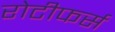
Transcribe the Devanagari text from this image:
रोटीफर्स